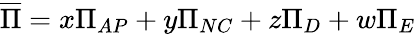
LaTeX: \overline{{\Pi}}=x\Pi_{AP}+y\Pi_{NC}+z\Pi_{D}+w\Pi_{E}